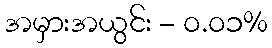
အမှားအယွင်း - ၀.၀၁%